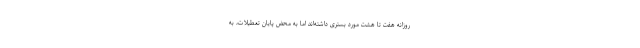
روزانه هفت تا هشت مورد بستری داشته‌اند اما به محض پایان تعطیلات، به